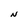
Character: N